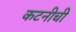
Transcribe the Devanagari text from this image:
कटनीची